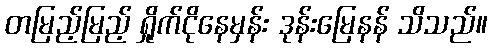
တမြည့်မြည့် ရှိုက်ငိုနေမှန်း ဒုန်းမြေနန် သိသည်။